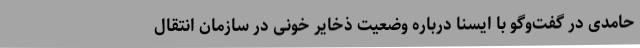
حامدی در گفت‌وگو با ایسنا درباره وضعیت ذخایر خونی در سازمان انتقال